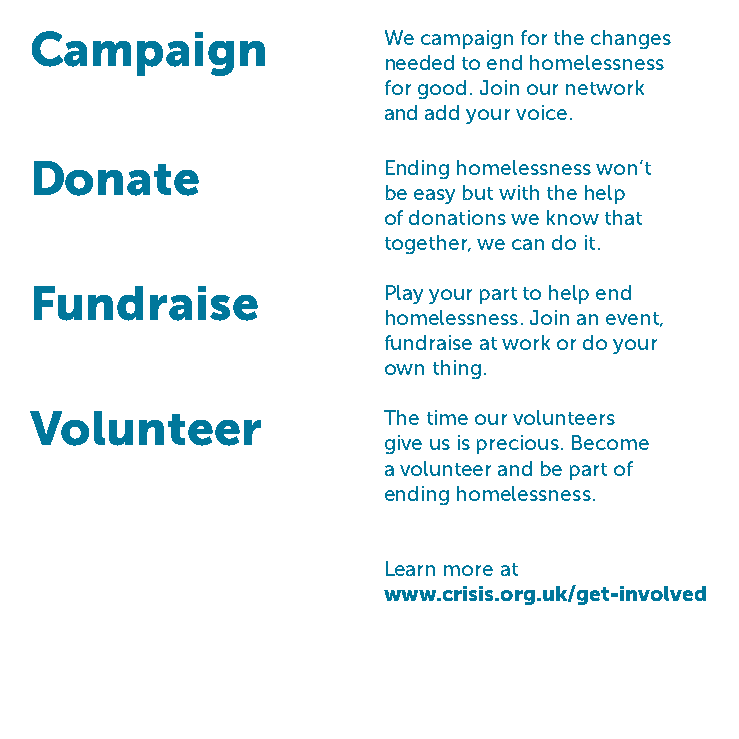
Campaign               We campaign for the changes
 needed to end homelessness
 for good. Join our network
 and add your voice.
 Donate                 Ending homelessness won’t
 be easy but with the help
 of donations we know that
 together, we can do it.
 Fundraise              Play your part to help end
 homelessness. Join an event,
 fundraise at work or do your
 own thing.
 Volunteer              The time our volunteers
 give us is precious. Become
 a volunteer and be part of
 ending homelessness.
 Learn more at
 www.crisis.org.uk/get-involved